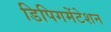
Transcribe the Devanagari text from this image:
डिपिगमेंटेशन